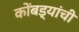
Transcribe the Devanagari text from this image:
कोंबड्यांची